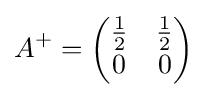
A^{+}={\begin{pmatrix}{\frac {1}{2}}&{\frac {1}{2}}\\0&0\end{pmatrix}}